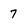
Character: 7